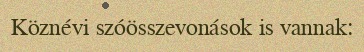
Köznévi szóösszevonások is vannak: